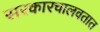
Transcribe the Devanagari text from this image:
सरकारचालवतात